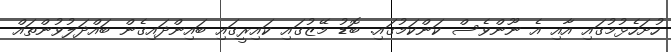
ހުށަހެޅުމުގައި އާއި އެ ނޫންވެސް ކަންކަމުގައި. ބޮޑު މޭޒުގައި ކައިރީގައި ބައިންދައިގެން ބައްދަލުވުންތައް